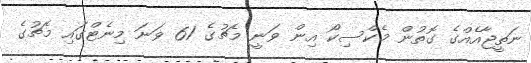
ނަތީޖާއެއްގެ ގޮތުން މެކްސިކޯ އިން ވަނީ މެޗުގެ 61 ވަނަ މިނެޓްގައި މެޗުގެ